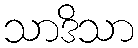
သာဒိသာ